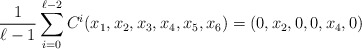
\begin{align*}\frac{1}{\ell-1}\sum_{i=0}^{\ell-2} C^i (x_1,x_2,x_3,x_4,x_5,x_6) = \left(0,x_2,0,0,x_4,0 \right)\end{align*}